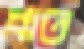
ধাত